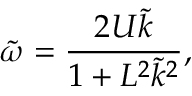
\tilde { \omega } = \frac { 2 U \tilde { k } } { 1 + L ^ { 2 } \tilde { k } ^ { 2 } } ,